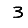
Digit: 3